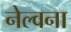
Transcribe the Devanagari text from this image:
नेल्वना